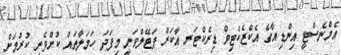
އެމްނެސްޓީ އިންޑިއާގެ އެކްޒެކެޓިވް ޑިރެކްޓަރ އާކަރް ޕަޓޭލްވަނީ މިފަދަ ހަމަލާތައް ކުށްވެރި ކުރުމަށް